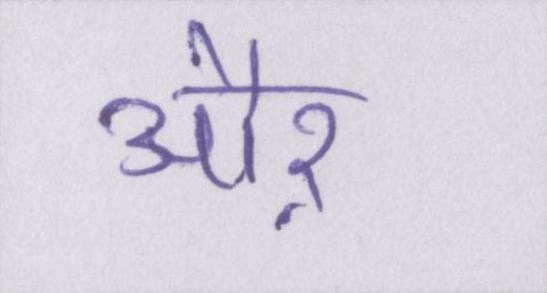
औऱ